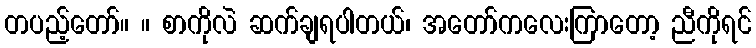
တပည့်တော်။ ။ စာကိုလဲ ဆက်ချရပါတယ်၊ အတော်ကလေးကြာတော့ ညီကိုရင်